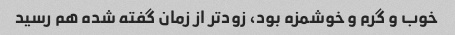
خوب و گرم و خوشمزه بود، زودتر از زمان گفته شده هم رسید